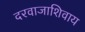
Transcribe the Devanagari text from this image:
दरवाजाशिवाय